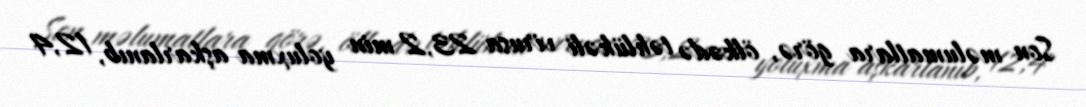
Son məlumatlara görə, ölkədə təhlükəli virusa 23,2 min yoluxma aşkarlanıb, 12,4